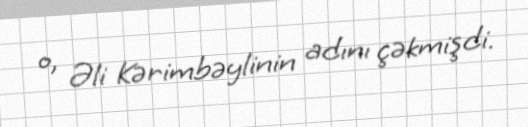
o, Əli Kərimbəylinin adını çəkmişdi.